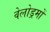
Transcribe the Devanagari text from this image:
वेलोड्रमों